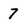
Character: 7